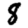
Digit: 8